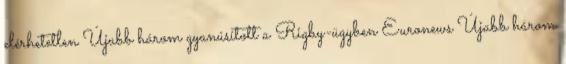
elérhetetlen Újabb három gyanúsított a Rigby-ügyben Euronews Újabb három